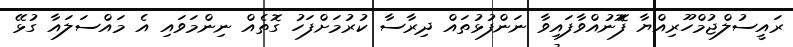
ރައީސުލްޖުމްހޫރިއްޔާ ފޮޮޮނުއްވާފައިވާ ނަންފުޅުތައް ދިރާސާ ކުރުމަށްފަހު ގޮތެއް ނިންމަވައި އެ މައްސަލައާ ގުޅޭ